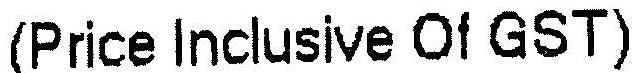
(PRICE INCLUSIVE OF GST)